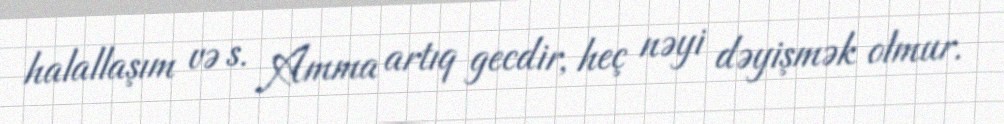
halallaşım və s. Amma artıq gecdir, heç nəyi dəyişmək olmur.